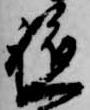
軈